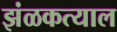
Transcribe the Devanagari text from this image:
झंळकत्याल